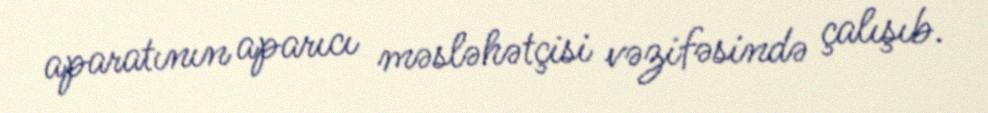
aparatının aparıcı məsləhətçisi vəzifəsində çalışıb.